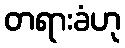
တရားခံဟု